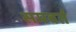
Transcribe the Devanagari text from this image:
समवर्त